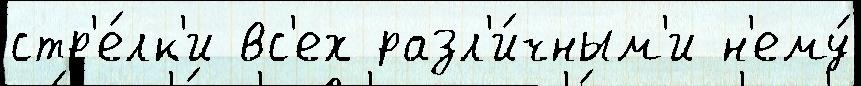
стр'е́лк'и вс'ех разл'и́чным'и н'ему́